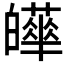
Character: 𤾴